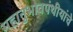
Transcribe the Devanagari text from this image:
महानुभावपंथीयांचे